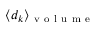
\langle d _ { k } \rangle _ { \mathrm { ~ v ~ o ~ l ~ u ~ m ~ e ~ } }